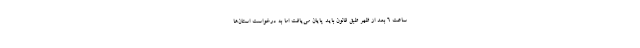
ساعت ۶ بعد از ظهر طبق قانون باید پایان می‌یافت اما به درخواست استان‌ها